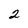
Character: 2